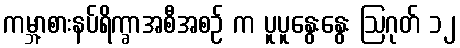
ကမ္ဘာ့စားနပ်ရိက္ခာအစီအစဉ် က ပူပူနွေးနွေး ဩဂုတ် ၁၂